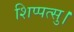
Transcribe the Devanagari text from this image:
शिप्पत्सु।